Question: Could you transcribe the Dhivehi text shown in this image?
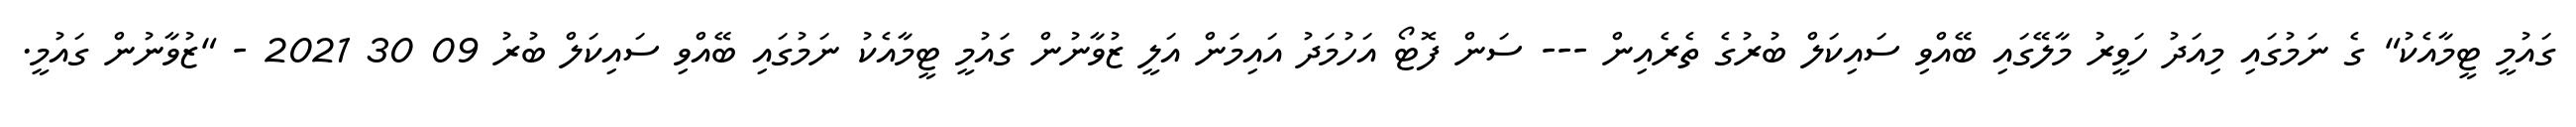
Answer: ގައުމީ ޓީމާއެކު" ގެ ނަމުގައި މިއަދު ހަވީރު މާލޭގައި ބޭއްވި ސައިކަލް ބުރުގެ ތެރެއިން --- ސަން ފޮޓޯ އަހުމަދު އައިމަން އަލީ ޒުވާނުން ގައުމީ ޓީމާއެކު ނަމުގައި ބޭއްވި ސައިކަލް ބުރު 09 30 2021 - "ޒުވާނުން ގައުމީ.